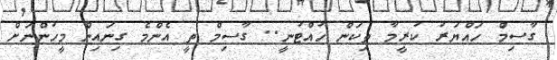
ގާސިމް ހައްޔަރު ކުރީމާ ތިކަން ހުއްޓުނީ.. ގާސިމް ތީ އެންމެ ގިނައިން މީހުންނަށް